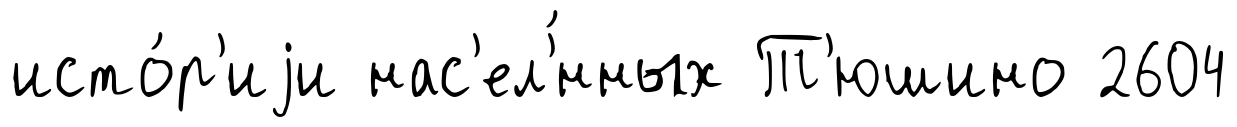
исто́р'иjи нас'ел'́нных Т'юшино 2604